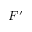
F ^ { \prime }